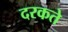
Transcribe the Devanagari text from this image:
दरकते